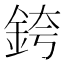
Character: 銙